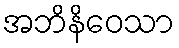
အဘိနိဝေသာ